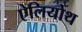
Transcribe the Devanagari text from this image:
ऐलियोथ